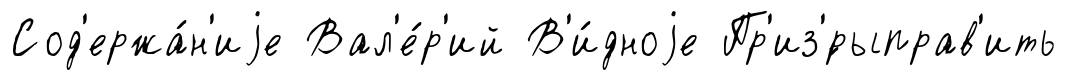
Сод'ержа́н'иjе Вал'е́р'ий В'и́дноjе Пр'из'́рыправ'ить